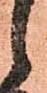
候